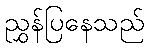
ညွှန်ပြနေသည်